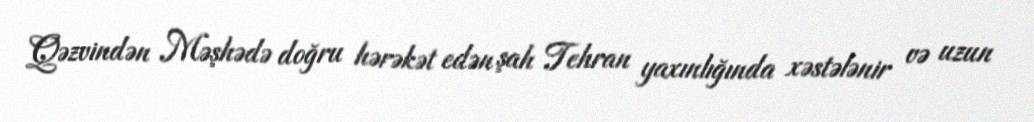
Qəzvindən Məşhədə doğru hərəkət edən şah Tehran yaxınlığında xəstələnir və uzun